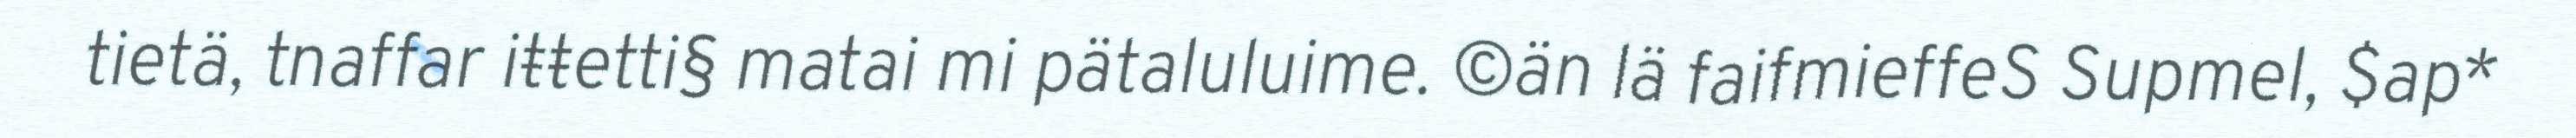
tietä, tnaffar iŧŧetti§ matai mi pätaluluime. ©än lä faifmieffeS Supmel, $ap*